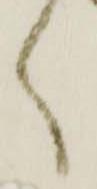
く